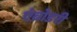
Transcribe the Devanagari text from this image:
एंब्रोडरी